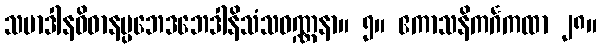
သမာဒါနဝိဓာနပ္ပဘေဒဘေဒါနိသံသဝဏ္ဏနာ။ ၅။ ဧကာသနိကင်္ဂကထာ ၂၈။